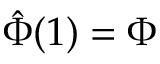
{ \hat { \Phi } } ( 1 ) = \Phi